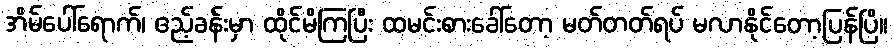
အိမ်ပေါ်ရောက်၊ ဧည့်ခန်းမှာ ထိုင်မိကြပြီး ထမင်းစားခေါ်တော့ မတ်တတ်ရပ် မလာနိုင်တော့ပြန်ပြီ။